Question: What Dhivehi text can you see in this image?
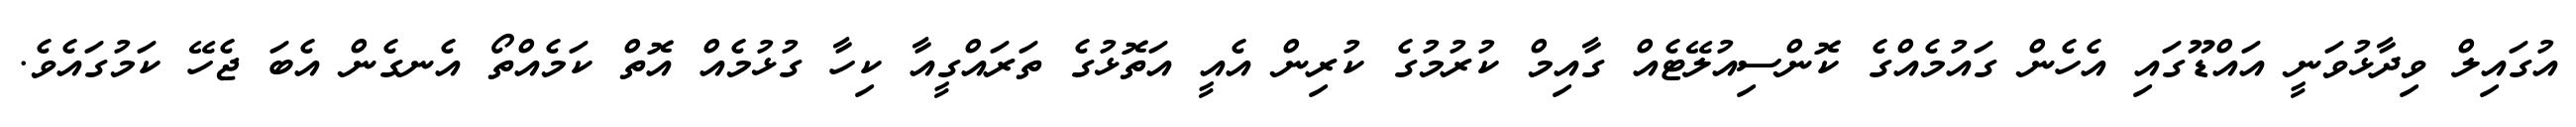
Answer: އުގައިލް ވިދާޅުވަނީ އައްޑޫގައި އެހެން ގައުމެއްގެ ކޮންސިއުލޭޓެއް ގާއިމް ކުރުމުގެ ކުރިން އެއީ އަތޮޅުގެ ތަރައްގީއާ ކިހާ ގުޅުމެއް އޮތް ކަމެއްތޯ އެނގެން އެބަ ޖެހޭ ކަމުގައެވެ.